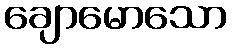
ချောမောသော